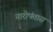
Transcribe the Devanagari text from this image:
नारोपंतास